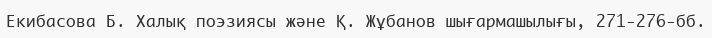
Екибасова Б. Халық поэзиясы және Қ. Жұбанов шығармашылығы, 271-276-бб.